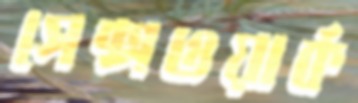
সেক্সওয়ার্ক